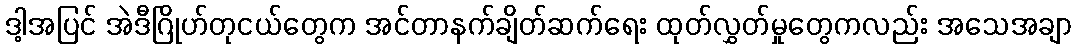
ဒါ့အပြင် အဲဒီဂြိုဟ်တုငယ်တွေက အင်တာနက်ချိတ်ဆက်ရေး ထုတ်လွှတ်မှုတွေကလည်း အသေအချာ